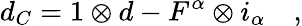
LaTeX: d_{C}=1\otimes d-F^{\alpha}\otimes i_{\alpha}\quad,